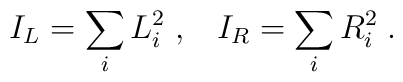
I_{L}=\sum_{i}L_{i}^{2}\;,\;\;\;I_{R}=\sum_{i}R_{i}^{2}\;.